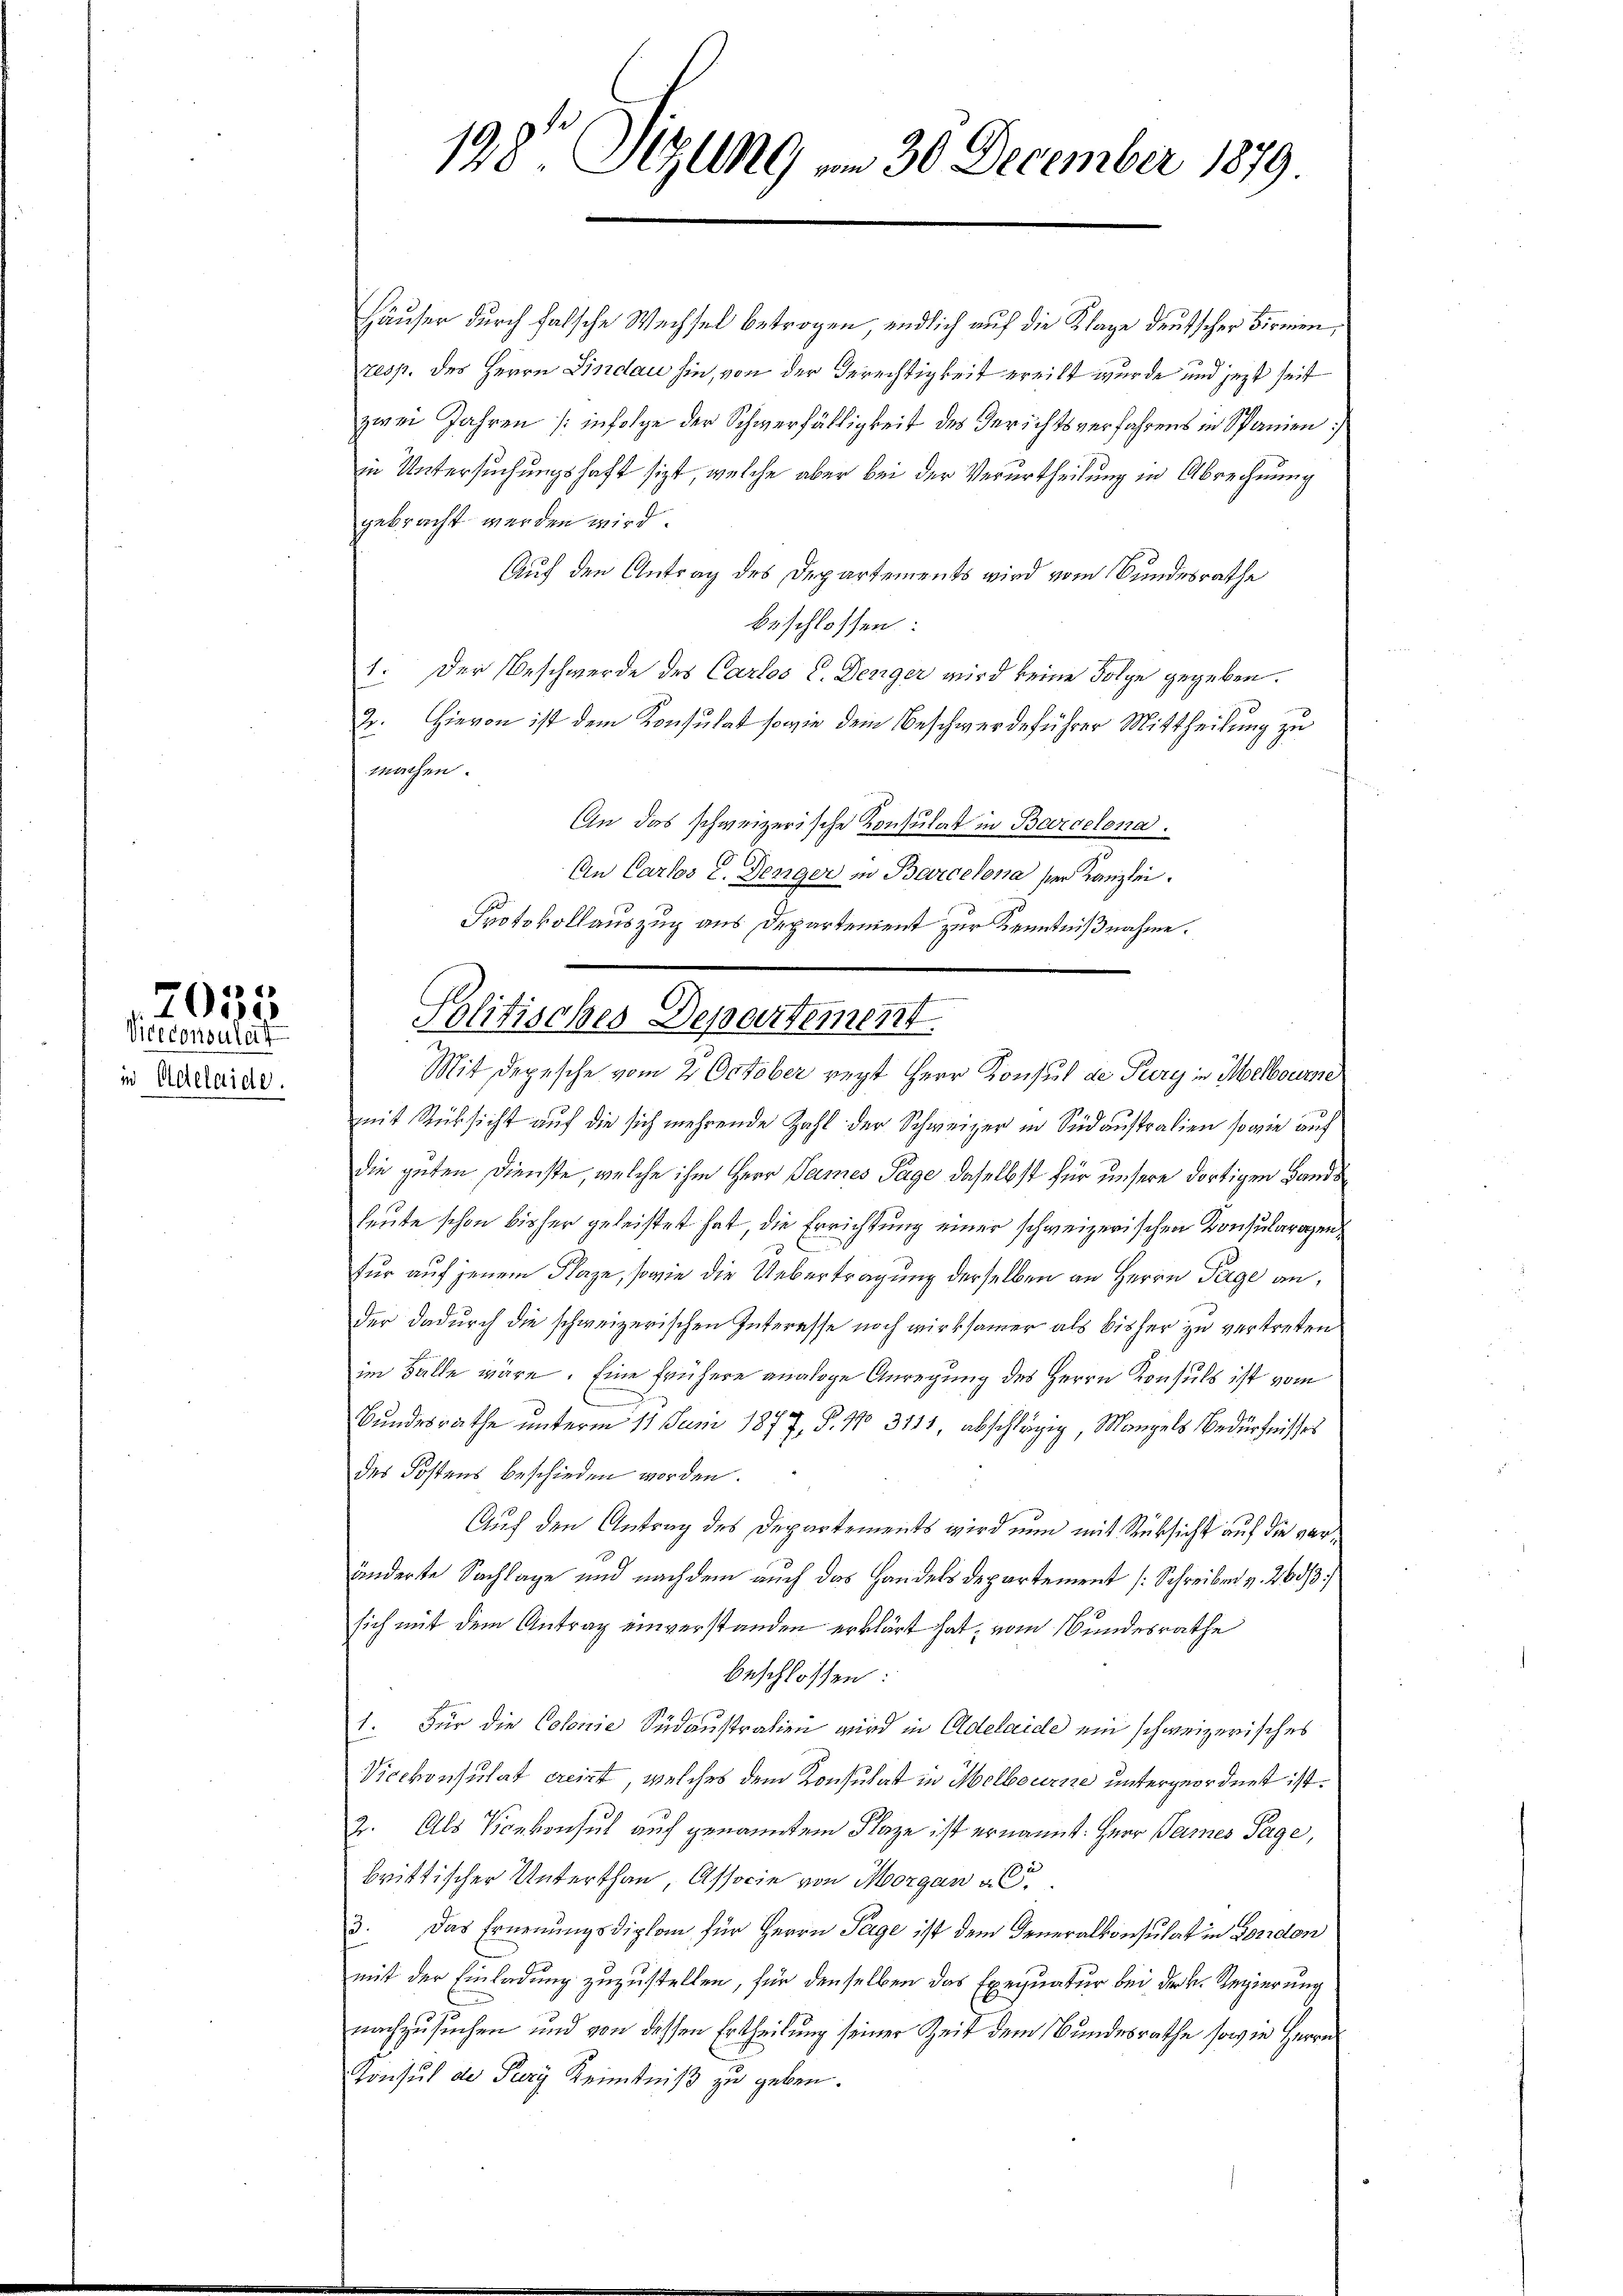
2035
Viceconsulat
in Adelaide.

198 Sizung am 30. December 1879

Häuser durch falsche Wechsel betrogen, endlich auf die Klage deutscher Firmen,
resp. des Herrn Lindau hin, von der Berechtigkeit ereilt wurde und jezt seit
zwei Jahren (: infolge der Schwerfälligkeit des Gerichtsverfahrens in Spanien
in Untersuchungshaft sizt, welche aber bei der Verurtheilung in Abrechnung
gebracht werden wird.
Auf den Antrag des Departements wird vom Bundesrathe
beschlossen:
1. Der Beschwerde des Carlos C. Denger wird keine Folge gegeben.
2. Hievon ist dem Konsulat sowie dem Beschwerdeführer Mittheilung zu
machen.
An das schweizerische Konsulat in Barcelona.
An Carlos E. Denger in Barcelona ser Kanzlei.
mit Rücksicht auf die sich mehrende Zahl der Schweizer in Südaustralien, sowie auf
die guten Dienste, welche ihm Herr Sames Tage daselbst für unsere dortigen Handsheute schon bisher geleistet hat, die Errichtung einer schweizerischen Konsularagen
für auf jenem Flaze, sowie die Uebertragung derselben an Herrn Tage an,
der dadurch die schweizerischen Interesse noch wirksamer als bisher zu vertreten
im Fälle wäre. Eine frühere analoge Anregung des Herrn Konsuls ist vom
Bundesrathe unterm 11. Juni 1877, P. 11 311, abschlägig, Mangels Bedürfnisses
des Kostens beschieden worden.
Auf den Antrag des Departements wird nun mit Rücksicht auf die veränderte Sachlage und nachdem auch das Handels departement [Schreiben v. 260/3
sich mit dem Antrag einverstanden erklärt hat, vom Bundesrathe
beschlossen:
1. Für die Colonie Südoustralien wird in Adelaide ein schweizerisches
Vicekonsulat ereint, welches dem Konsulat in Melbourne untergeordnet ist.
2. Als Konkonsul auf genanntem Flaze ist ernannt. Herr Pannes Tage,
brittischer Unterthan, Associe von Morgan al
3. Das Ernennungsdiplom für Herrn Tage ist dem Generalkonsulat in London
mit der Einladung zuzustellen, für denselben das Exequatur bei der k. Regierung
nachzusuchen und von dessen Ertheilung seiner Zeit dem Bundesrathe sowie Herrn
Konsul der Pery Kenntniß zu geben.

Protokollauszug aus Departement zur Kenntnißnahme.
Politisches Departement.
Mit Depesche vom 2 October regt Herr Konsul de Pury in Melbourne